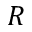
R